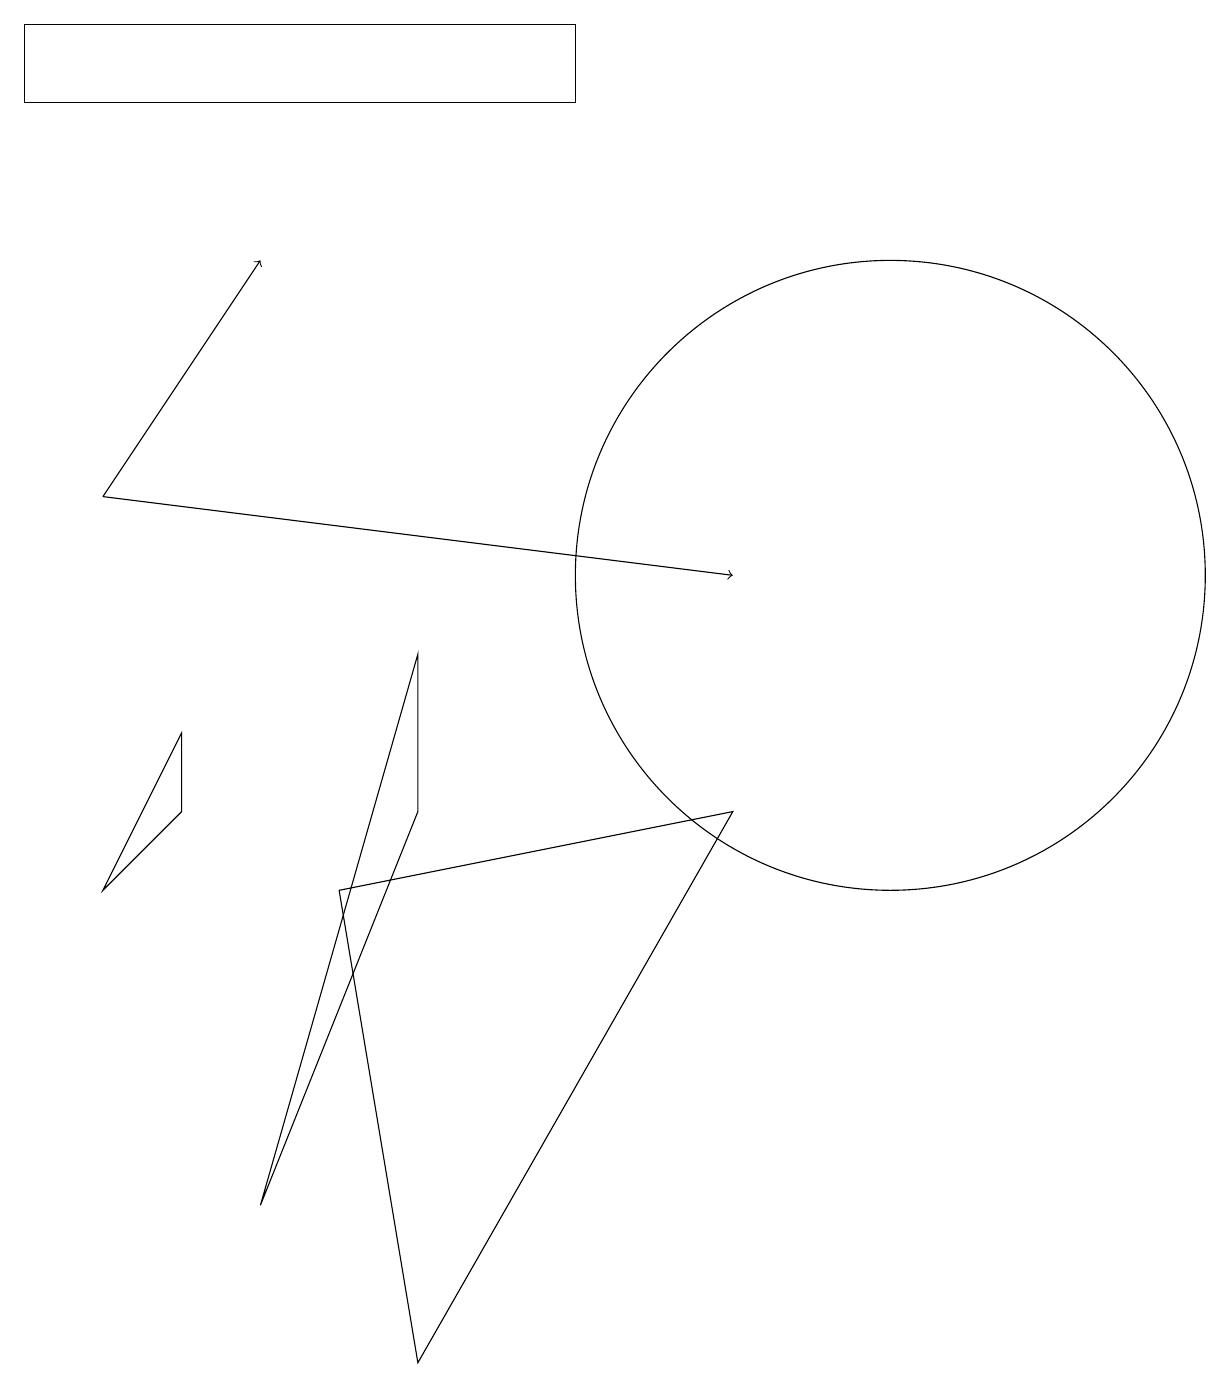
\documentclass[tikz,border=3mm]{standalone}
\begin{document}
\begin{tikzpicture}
\draw (1,6) -- (2,7) -- (2,8) -- cycle;
\draw (11,10) circle (4);
\draw (0,17) rectangle (7,16);
\draw (4,6) -- (9,7) -- (5,0) -- cycle;
\draw[->] (1,11) -- (9,10);
\draw[->] (1,11) -- (3,14);
\draw (5,7) -- (3,2) -- (5,9) -- cycle;
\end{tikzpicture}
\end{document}